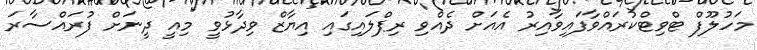
މަހުލޫފް ޓްވިޓްކުރައްވާފައިވާއިރު އެއަށް ދެއްވި ރިޕްލައިގައި އިޔާޒް ވިދާޅުވީ "މިއީ ދީނަށް ފުރައްސާރަ